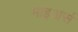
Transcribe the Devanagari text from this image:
माइअर्स